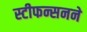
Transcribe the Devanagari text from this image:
स्टीफन्सनने